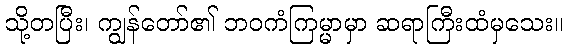
သို့တပြီး၊ ကျွန်တော်၏ ဘဝကံကြမ္မာမှာ ဆရာကြီးထံမှသေး။